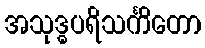
အသုဒ္ဓပရိသင်္ကိတော